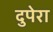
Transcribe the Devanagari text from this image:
दुपेरा